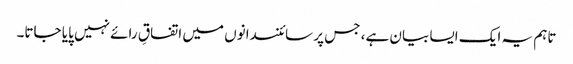
تاہم یہ ایک ایسا بیان ہے، جس پر سائنسدانوں میں اتفاقِ رائے نہیں پایا جاتا۔